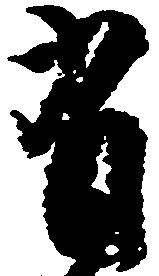
有